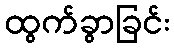
ထွက်ခွာခြင်း